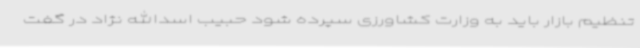
تنظیم بازار باید به وزارت کشاورزی سپرده شود حبیب اسدالله نژاد در گفت